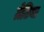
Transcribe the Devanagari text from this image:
ग्रेटिया